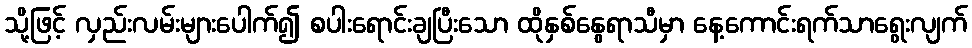
သို့ဖြင့် လှည်းလမ်းများပေါက်၍ စပါးရောင်းချပြီးသော ထိုနှစ်နွေရာသီမှာ နေ့ကောင်းရက်သာရွေးလျက်